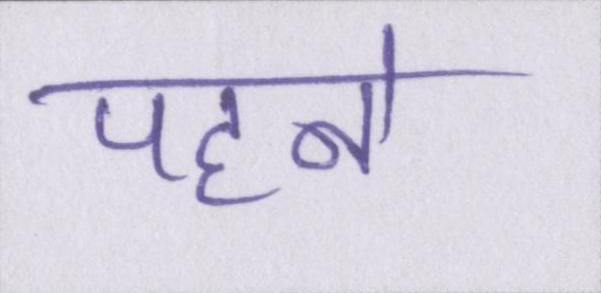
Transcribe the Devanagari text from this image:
पहने